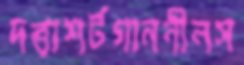
দত্তাশর্টগাননীলস